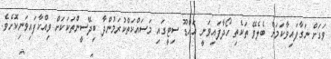
ވަގަށް ނަގާފައިވާކަމަށް ބެލެވޭ ތަކެތި ހޯދާފައިވަނީ އައްޑޫ ސިޓީގައި މަސައްކަތްކުރަމުންދާ ބިދޭސީންތަކަކަށް ވިއްކާފައިވަނިކޮށެވެ.